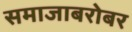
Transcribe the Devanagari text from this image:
समाजाबरोबर